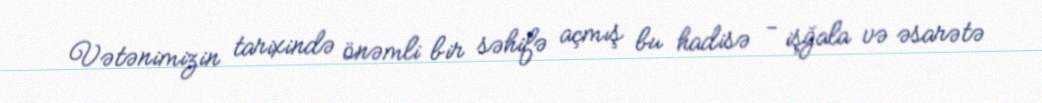
Vətənimizin tarixində önəmli bir səhifə açmış bu hadisə - işğala və əsarətə